Vaccination Hyderabad 1890-1903 - 1890-1903
Year: 1890
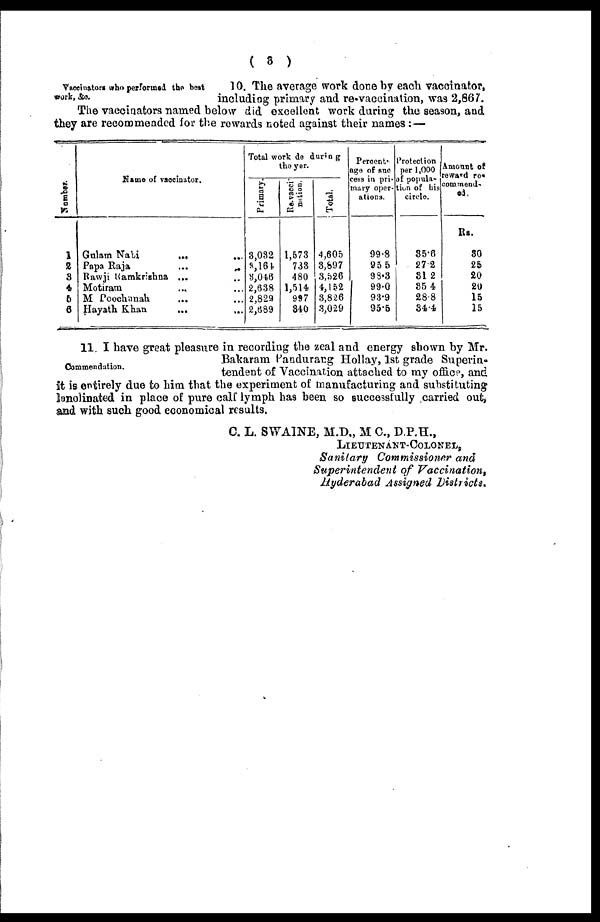
( 3 )
Vaccinators who performed the best
work, &c.
10. The average work done by each vaccinator,
including primary and re-vaccination, was 2,867.
The vaccinators named below did excellent work during the season, and
they are recommended for the rewards noted against their names:—
Number.
1
2
3
4
5
6
Name of vaccinator.
Gulam Nabi
...
...
Papa Raja
...
...
Rawji Ramkrishna ... ...
Motiram
...
...
M Poochanah ... ...
Hayath Khan ... ...
Total work de during
the yer.
Primary.
3,032
3,164
3,046
2,638
2,829
2,689
Re-vacci-
nation.
1,573
733
480
1,514,
997
340
Total.
4,605
3,897
3,526
4,152
3,826
3,029
Percente
age of suc
cess in pri-
mary oper-
ations.
99.8
95.5
98.3
99.0
93.9
95.5
Protection
per 1,000
of popula-
tion of his
circle.
35.6
27.2
31.2
35.4
28.8
34.4
Amount of
reward re-
commend-
ed.
Rs.
30
25
20
20
15
15
Commendation.
11. I have great pleasure in recording the zeal and energy shown by Mr.
Bakaram Pandurang Hollay, 1st grade Superin-
tendent of Vaccination attached to my office, and
it is entirely due to him that the experiment of manufacturing and substituting
lanolinated in place of pure calf lymph has been so successfully carried out,
and with such good economical results.
C. L. SWAINE, M.D., M C., D.P.H.,
LIEUTENANT-COLONEL,
Sanitary Commissioner and
Superintendent of Vaccination,
Hyderabad Assigned Districts.